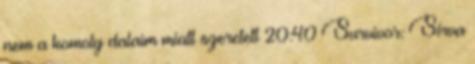
nem a komoly dalaim miatt szeretett 20:40 Survivor: Sírva